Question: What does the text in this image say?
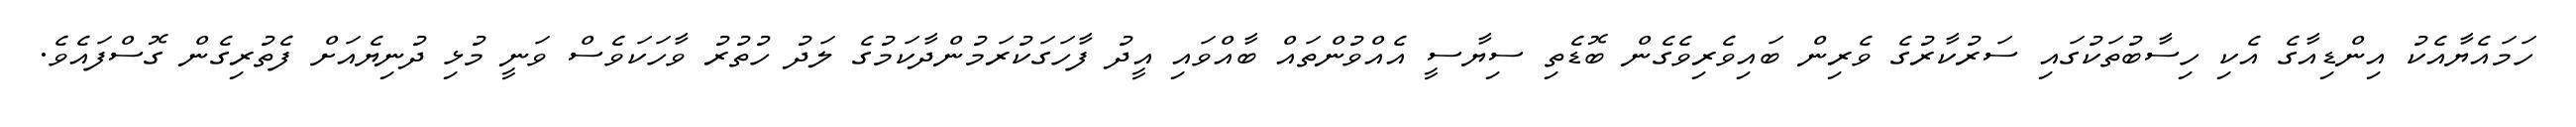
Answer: ހަމައެޔާއެކު އިންޑިއާގެ އެކި ހިސާބުތަކުގައި ސަރުކާރުގެ ވެރިން ބައިވެރިވެގެން ބޮޑެތި ސިޔާސީ އެއްވުންތައް ބާއްވައި އީދު ފާހަގަކުރަމުންދާކަމުގެ ލަދު ހުތުރު ވާހަކަވެސް ވަނީ މުޅި ދުނިޔެއަށް ފެތުރިގެން ގޮސްފައެވެ.